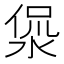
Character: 𰜅